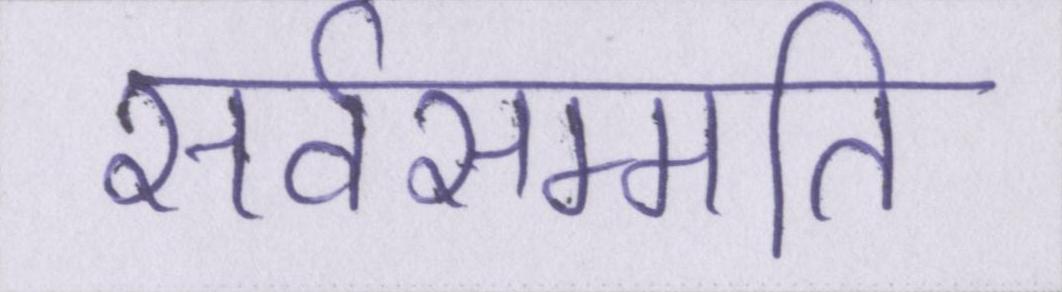
सर्वसम्मति